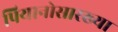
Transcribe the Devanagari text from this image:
पियानोसारख्या